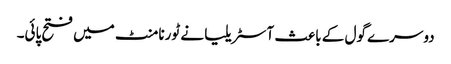
دوسرے گول کے باعث آسٹریلیا نے ٹورنامنٹ میں فتح پائی۔